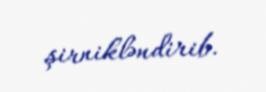
şirnikləndirib.